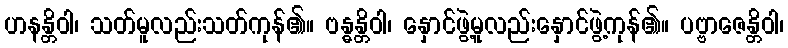
ဟနန္တိဝါ၊ သတ်မူလည်းသတ်ကုန်၏။ ဗန္ဓန္တိဝါ၊ နှောင်ဖွဲ့မူလည်းနှောင်ဖွဲ့ကုန်၏။ ပဗ္ဗာဇေန္တိဝါ၊